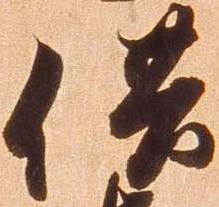
供